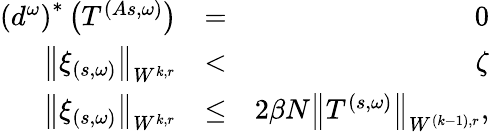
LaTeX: \begin{array}{rlr}{\left(d^{\omega}\right)^{\ast}\left(T^{\left(As,\omega\right)}\right)}&{=}&{0}\\ {\left\Vert\xi_{\left(s,\omega\right)}\right\Vert_{W^{k,r}}}&{<}&{\zeta}\\ {\left\Vert\xi_{\left(s,\omega\right)}\right\Vert_{W^{k,r}}}&{\leq}&{2\beta N\left\Vert T^{\left(s,\omega\right)}\right\Vert_{W^{\left(k-1\right),r}},}\end{array}